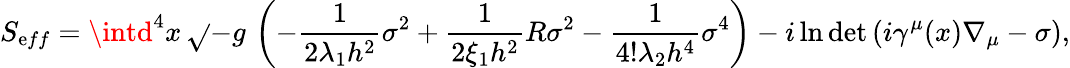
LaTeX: S_{\mathrm{e}ff}=\intd^{4}x\, \sqrt{}{{-g}}\, \left(-\frac{{1}}{{2\lambda_{1}h^{2}}}\sigma^{2}+\frac{{1}}{{2\xi_{1}h^{2}}}R\sigma^{2}-\frac{{1}}{{4!\lambda_{2}h^{4}}}\sigma^{4}\right)-i\ln\operatorname*{d\mathrm{e}t}\left(i\gamma^{\mu}(x)\nabla_{\mu}-\sigma\right),